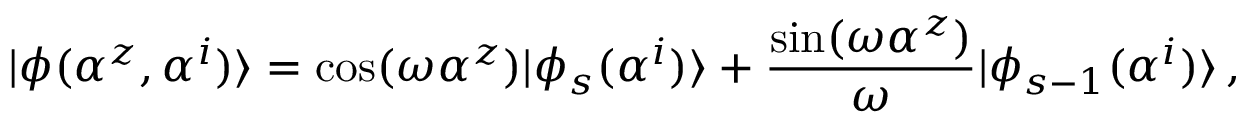
| \phi ( \alpha ^ { z } , \alpha ^ { i } ) \rangle = \cos ( \omega \alpha ^ { z } ) | \phi _ { s } ( \alpha ^ { i } ) \rangle + \frac { \sin ( \omega \alpha ^ { z } ) } { \omega } | \phi _ { s - 1 } ( \alpha ^ { i } ) \rangle \, ,